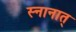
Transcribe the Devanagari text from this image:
स्नानात्